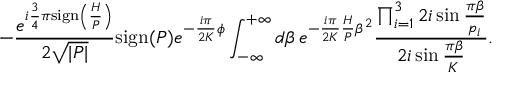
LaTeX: - \frac { e ^ { i \frac { 3 } { 4 } \pi \mathrm { s i g n } \left( \frac { H } { P } \right) } } { 2 \sqrt { | P | } } \mathrm { s i g n } ( P ) e ^ { - \frac { i \pi } { 2 K } \phi } \int _ { - \infty } ^ { + \infty } d \beta \, e ^ { - \frac { i \pi } { 2 K } \frac { H } { P } \beta ^ { 2 } } \frac { \prod _ { i = 1 } ^ { 3 } 2 i \sin \frac { \pi \beta } { p _ { i } } } { 2 i \sin \frac { \pi \beta } { K } } .